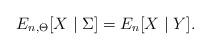
LaTeX: \begin{align*} E_{n,\Theta}[X \mid \Sigma] = E_n[X \mid Y].\end{align*}